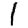
Digit: 1